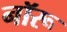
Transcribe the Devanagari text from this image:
नॉरू